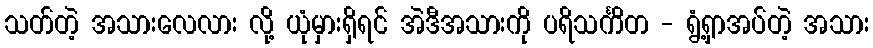
သတ်တဲ့ အသားလေလား လို့ ယုံမှားရှိရင် အဲဒီအသားကို ပရိသင်္ကိတ - ရွံ့ရှာအပ်တဲ့ အသား